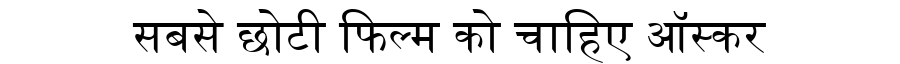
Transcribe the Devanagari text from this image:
सबसे छोटी फिल्म को चाहिए ऑस्कर